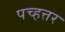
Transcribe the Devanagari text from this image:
पच्हत्तर